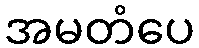
အမတံပေ